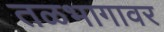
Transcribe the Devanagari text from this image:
तळभागावर